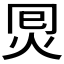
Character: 𰞂